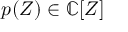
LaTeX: p ( Z ) \in \mathbb { C } [ Z ]